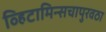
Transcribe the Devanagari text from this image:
व्हिटामिन्सचापुरवठा